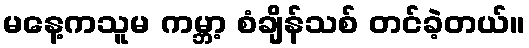
မနေ့ကသူမ ကမ္ဘာ့ စံချိန်သစ် တင်ခဲ့တယ်။